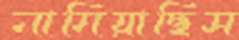
নামিয়াছিস